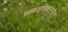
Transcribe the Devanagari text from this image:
समाजविज्ञानातील